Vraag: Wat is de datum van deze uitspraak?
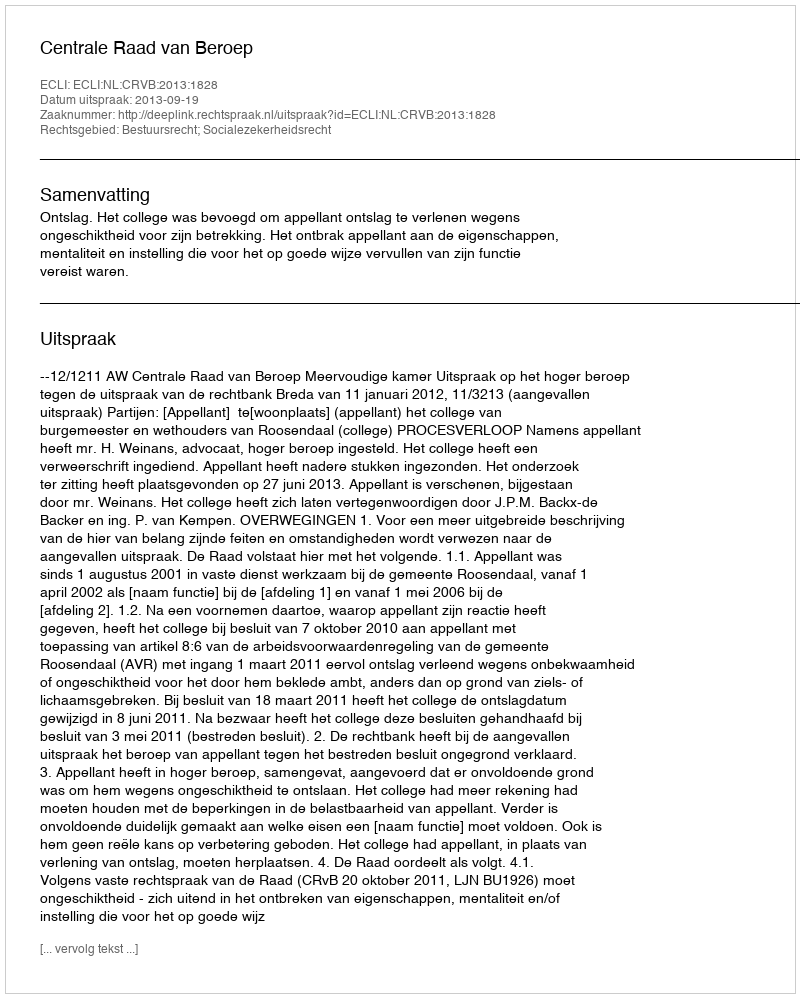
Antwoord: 2013-09-19